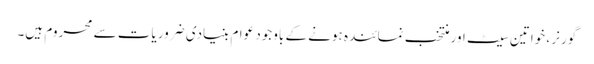
گورنر ، خواتین سیٹ اور منتخب نمائندہ ہونے کے باوجود عوام بنیادی ضروریات سے محروم ہیں۔